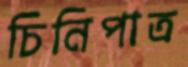
চিনিপাত্র